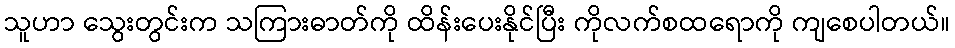
သူဟာ သွေးတွင်းက သကြားဓာတ်ကို ထိန်းပေးနိုင်ပြီး ကိုလက်စထရောကို ကျစေပါတယ်။